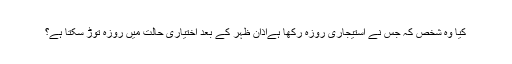
کیا وہ شخص کہ جس نے استیجاری روزہ رکھا ہےاذان ظہر کے بعد اختیاری حالت میں روزہ توڑ سکتا ہے؟